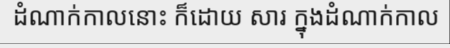
ដំណាក់កាលនោះ ក៏ដោយ សារ ក្នុងដំណាក់កាល